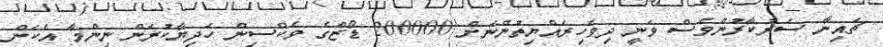
ޗައިނާ ސަރުކާރުންވެސް ވަނީ ދިވެހިރައްޔިތުންނަށް 200000 ޑޯޒްގެ ވެކްސިން ހަދިޔާކުރަން ނިންމާ އެކަން